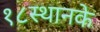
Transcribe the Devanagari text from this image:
१८स्थानके